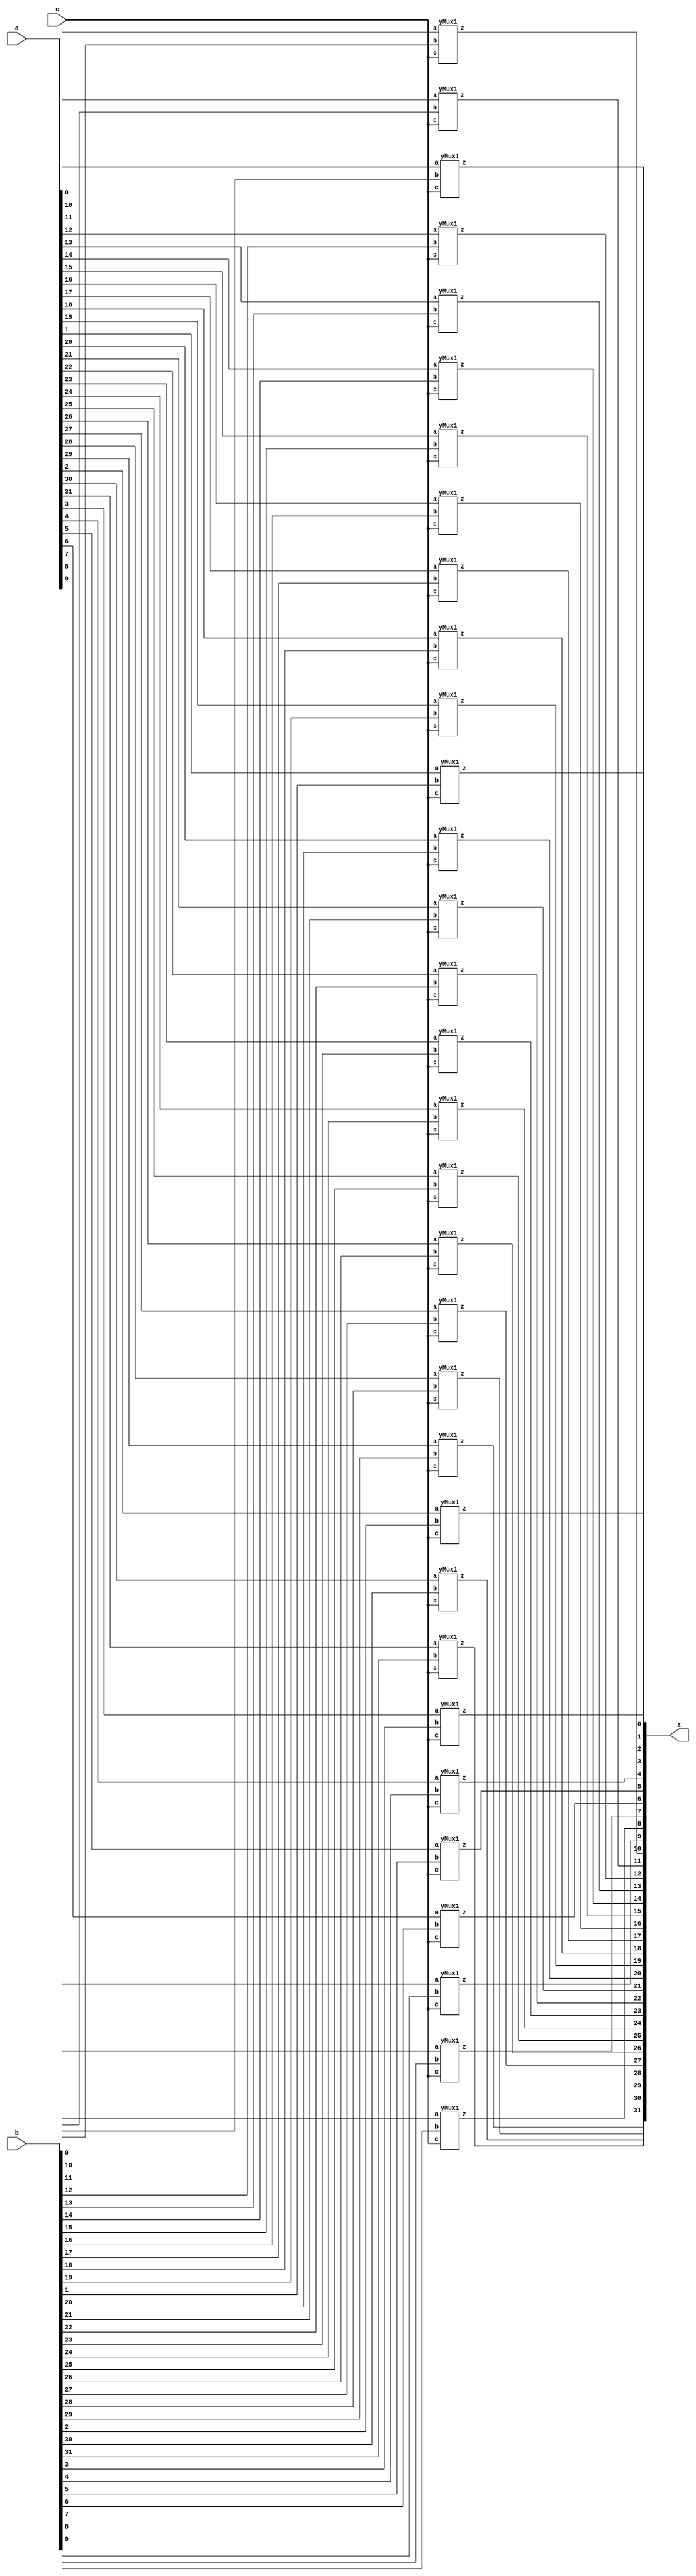
module yMux(z, a, b, c);
parameter SIZE=32;        //similar to FINAL in java
output [SIZE-1:0] z;
input [SIZE-1:0] a,b;
input c;
yMux1 mine[SIZE-1:0](z,a,b,c);
endmodule 

module yMux1(z,a,b,c);
output z;                   //1 bit wire
input a, b, c;              //1 bit wires
wire notC, upper, lower; 
not (notC, c);              //notC=~c
and upperAnd(lower,a,notC);    //lower= a & ~c
and lowerAnd(upper, c,b) ;       //upper=c & b
or (z, upper, lower);            //z= upper | lower
endmodule

module yAdder1(z, cout, a, b, cin);     //z= (a xor b) xor cin    |    cout=((a xor b)&cin) or (a&b)
output z, cout;
input a, b, cin;
xor left_xor(tmp, a, b);
xor right_xor(z, cin, tmp);
and left_and(outL, a, b);
and right_and(outR, tmp, cin);
or my_or(cout, outR, outL);
endmodule 

module yAdder(z, cout, a, b, cin);
parameter SIZE=32;
output [SIZE-1:0] z;
output cout;
input [SIZE-1:0] a, b;
input cin;
wire[SIZE-1:0] in, out;
yAdder1 mine[SIZE-1:0](z, out, a, b, in);
assign in[0] = cin;
assign in[SIZE-1:1] = out[SIZE-2:0]; 
assign cout=out[SIZE-1];
endmodule

module yArith(z, cout, a, b, ctrl);
// add if ctrl=0, subtract if ctrl=1
output [31:0] z;
output cout;
input [31:0] a, b;
input ctrl;
wire [31:0] notB, tmp;
wire cin;
assign cin=ctrl;
not NOTB[31:0] (notB, b);
yMux #(32) mux(tmp, b, notB, cin);
yAdder adder(z, cout, a, tmp, cin);
endmodule 

module labL;
parameter SIZE=32;
integer i, j, k;
reg signed [SIZE-1:0] a, b, expectS; 
reg signed ctrl; 
wire signed [31:0] z; 
wire signed cout, cin;
yArith arith(z, cout, a, b, ctrl); 
initial
begin
    for (i = 0; i < 4; i = i + 1)
    begin
        for (j = 0; j < 4; j = j + 1)
        begin
            for(k=0; k < 2; k = k + 1)
            begin
                a = i; b = j; ctrl = k;
                expectS = ctrl ? (a-b) : (a+b);
                 #1 
                 if(expectS===z)
                 $display("PASS a=%b b=%b cin=%b z=%b", a, b,cin, z);
                 else $display("FAIL");
            end
         end
    end
    $finish;
end
endmodule